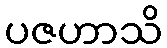
ပဇဟာသိ